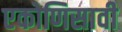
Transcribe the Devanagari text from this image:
एकोणिसावी